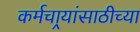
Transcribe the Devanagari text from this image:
कर्मचार्‍यांसाठीच्या